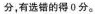
分，有选错的得0分。